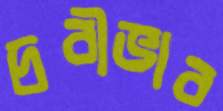
দ্রবীভাব